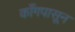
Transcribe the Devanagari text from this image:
काँगपासून